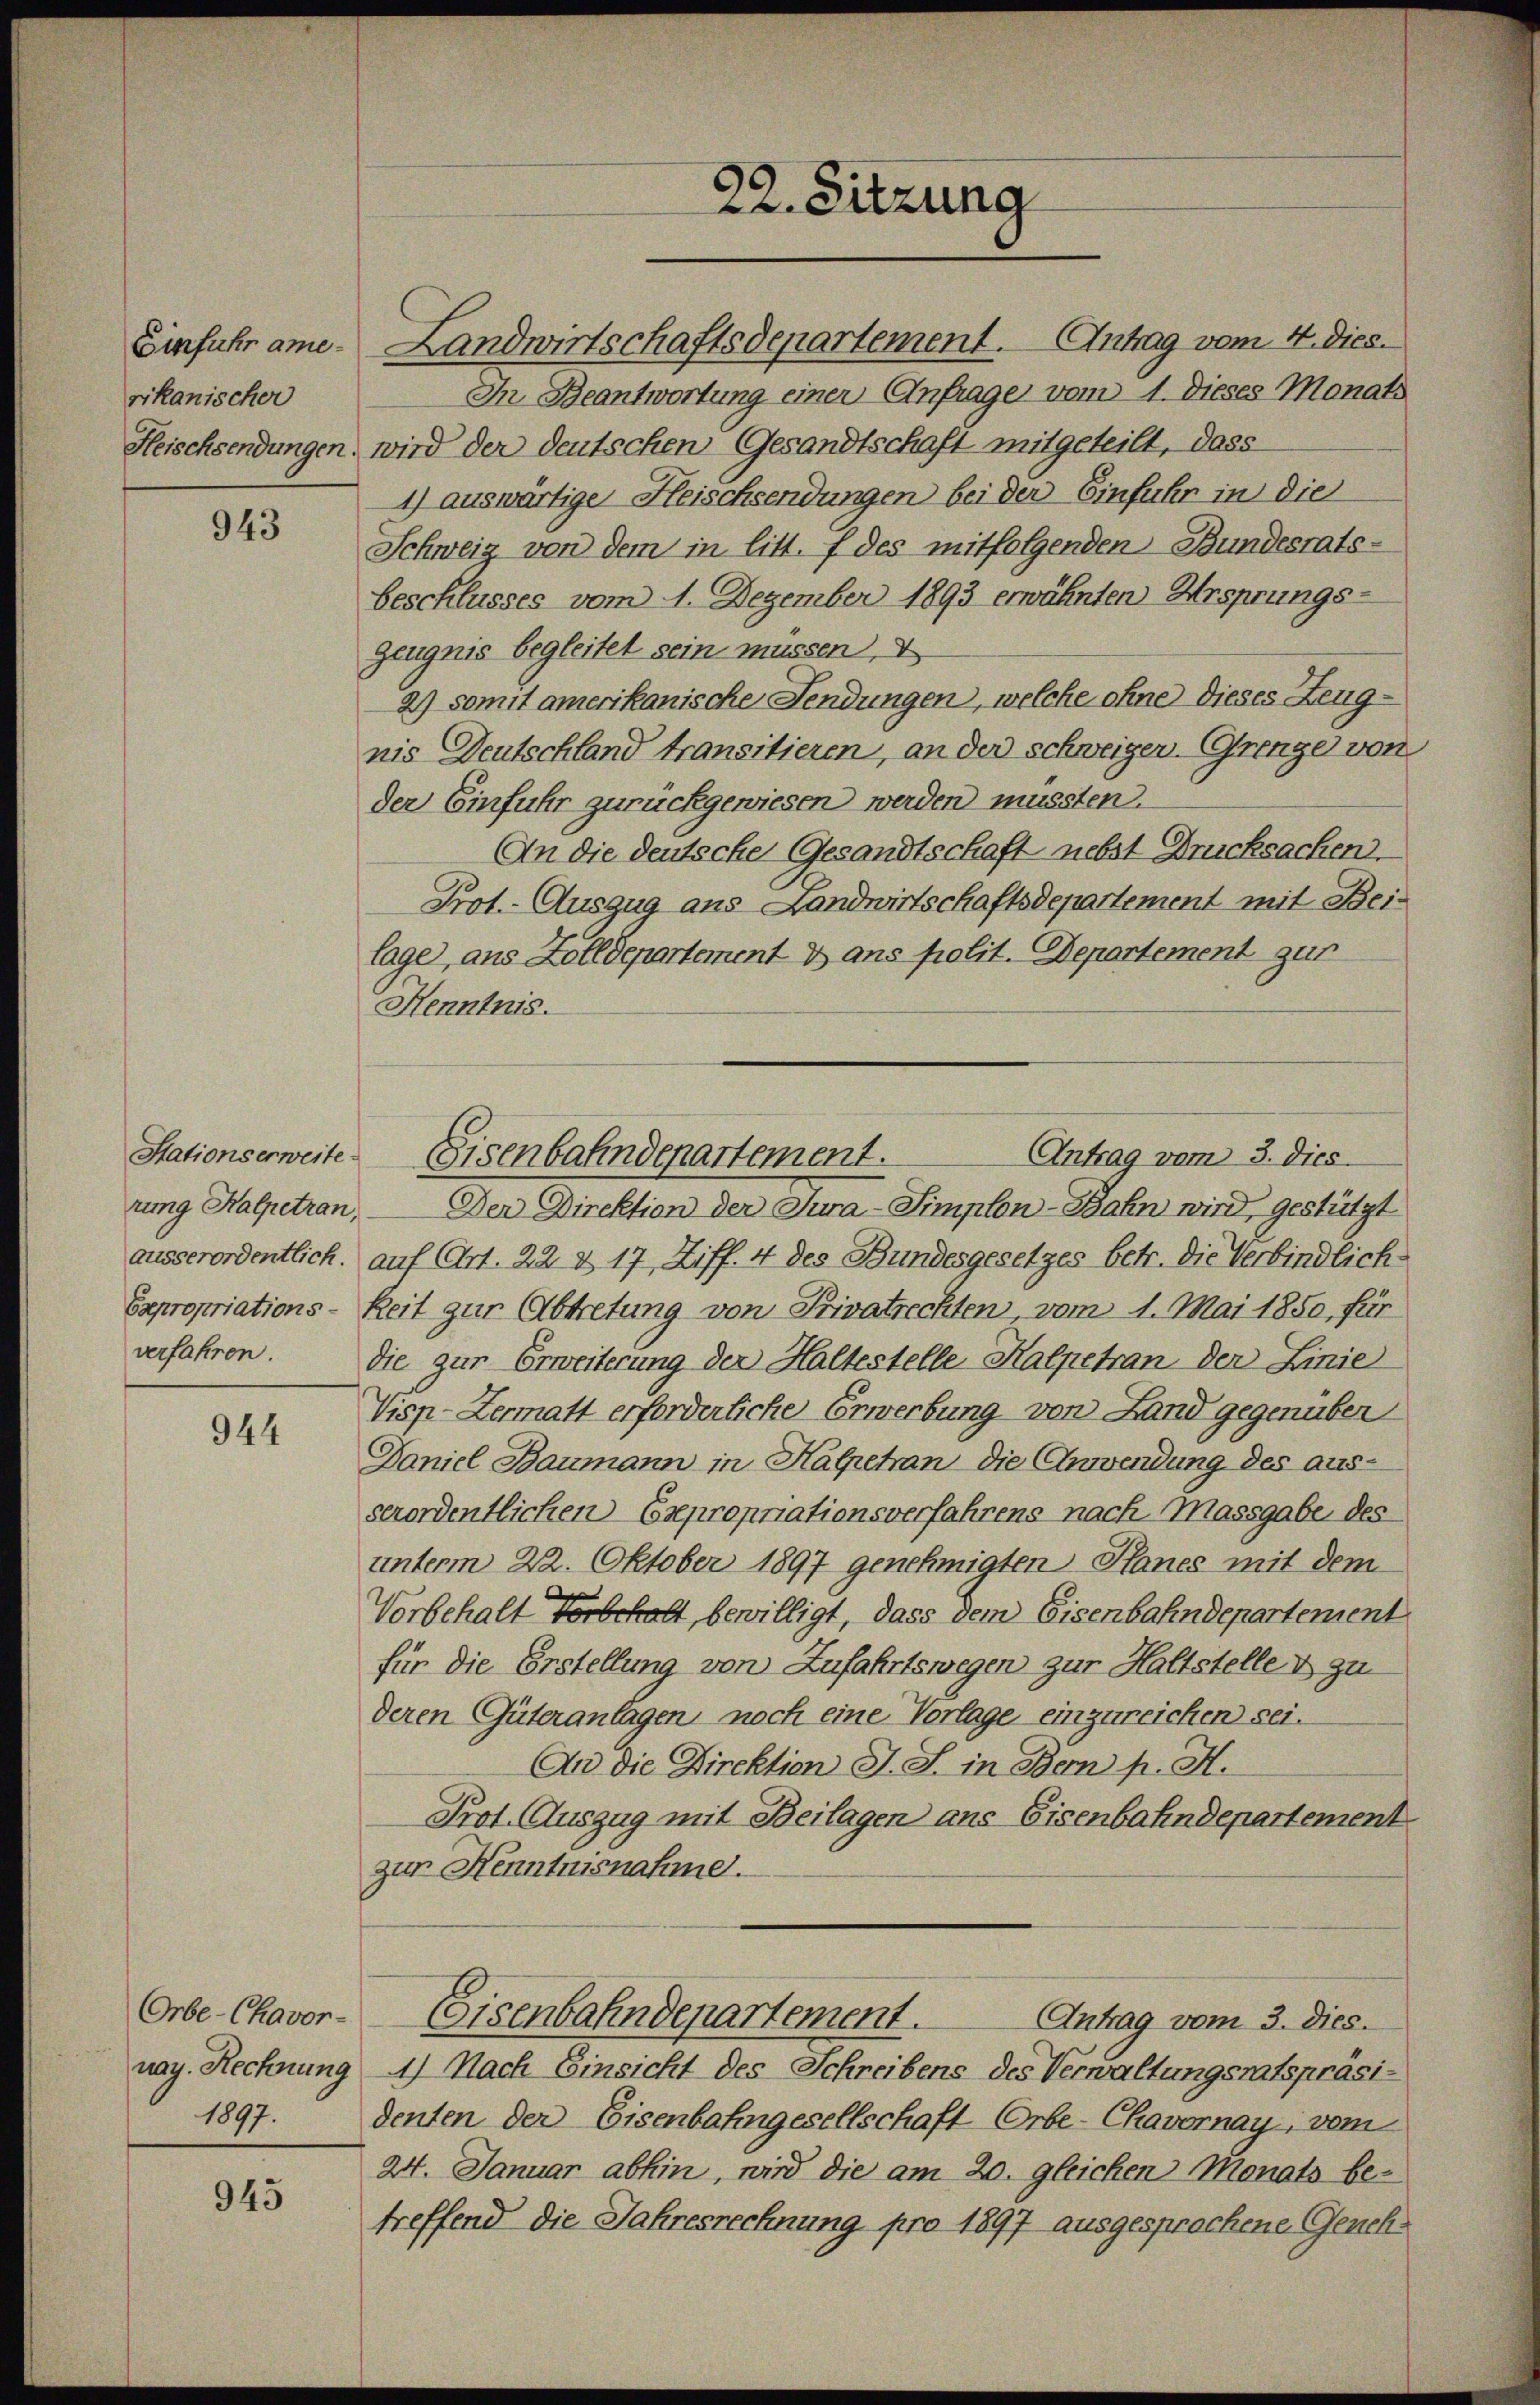
rikanischer

943

rung Halpetran,

944

Orbe-Chavor-
1897.

945

Einfuhr ame. Landwirtschaftsdepartement. Antrag vom 4. Dies.
In Beantwortung einer Anfrage vom 1. Dieses Monats
Heischsendungen, wird der deutschen Gesandtschaft mitgeteilt, dass
4) auswärtige Fleischsendungen bei der Einfuhr in die
Schweiz von dem in litt. f des mitfolgenden Bundesrats-
beschlusses vom 1. Dezember 1893 erwähnten Ursprungs-
zeugnis begleitet sein müssen, V
2) somit amerikanische Fendungen, welche ohne dieses Zeugnis Deutschland transitieren, an der schweigen Grenger von
der Einfuhr zurückgewiesen werden mussten.
An die deutsche Gesandtschaft nebst Drucksachen.
Prot. Auszug aus Landwirtschaftsdepartement mit Beilage, aus Zolldepartement dans polit. Departement zur
Henntnis.
Der Direktion der Jura-Simplon-Bahn wird, gestützt
ausserordentlich. auf Art. 22 & 17, Ziff. 4 des Bundesgesetzes betr. die Verbindlich-
Expropriations- Reit zur Abtretung von Privatrechten vom 1. Mai 1850, für
verfahren. Die zur Erweiterung der Haltestelle Kalpetran der Linie
Visp-Zermatt erforderliche Erwerbung von Land gegenüber
Daniel Baumann in Halpetan die Anwendung des ausserordentlichen Expropriationsverfahrens nach Massgabe des
unterm 22. Oktober 1897 genehmigten Hanes mit dem
Vorbehalt Forbeholt, bewilligt, dass dem Eisenbahndepartement
für die Erstellung von Zufahrtswegen zur Haltstelle & zu
deren Güteranlagen noch eine Vorlage einzureichen sei.
An die Direktion J. S. in Bern p. H.
Prot. Auszug mit Beilagen aus Eisenbahndepartement
zur Henntnisnahme.
Eisenbahndepartement.
Antrag vom 3. Dies.
nag. Rechnung 1) Nach Einsicht des Schreibens des Verwaltungsratspräsi-
denten der Eisenbahngesellschaft Orbe-Chavornay, vom
24. Januar abhin, wird die am 20. gleichen Monats be-
treffend die Jahresrechnung pro 1897 ausgesprochene Geneh¬

22. Sitzung

Antrag vom 3. Dies
Stationserweite Eisenbahndepartement.